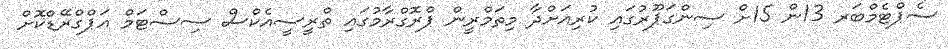
ސެޕްޓެމްބަރ 13ން 15ށް ސިންގަޕޫރުގައި ކުރިއަށްދާ މިތަމްރީން ޕްރޮގްރާމުގައި ތްރީސީއެކްސް ސިސްޓަމް އަޕްގްރޭޑްކޮށް